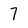
Character: 7